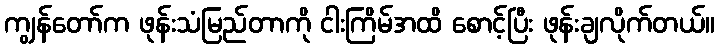
ကျွန်တော်က ဖုန်းသံမြည်တာကို ငါးကြိမ်အထိ စောင့်ပြီး ဖုန်းချလိုက်တယ်။